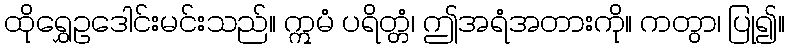
ထိုရွှေဥဒေါင်းမင်းသည်။ ဣမံ ပရိတ္တံ၊ ဤအရံအတားကို။ ကတွာ၊ ပြု၍။